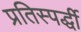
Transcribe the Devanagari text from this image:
प्रतिस्पर्द्धी